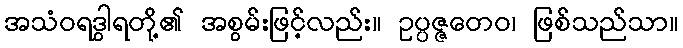
အသံဝရဒွါရတို့၏ အစွမ်းဖြင့်လည်း။ ဥပ္ပဇ္ဇတေဝ၊ ဖြစ်သည်သာ။